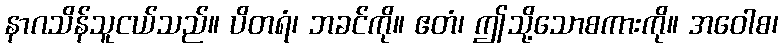
နာဂသိန်သူငယ်သည်။ ပိတရံ၊ ဘခင်ကို။ ဧတံ၊ ဤသို့သောစကားကို။ အဝေါစ၊